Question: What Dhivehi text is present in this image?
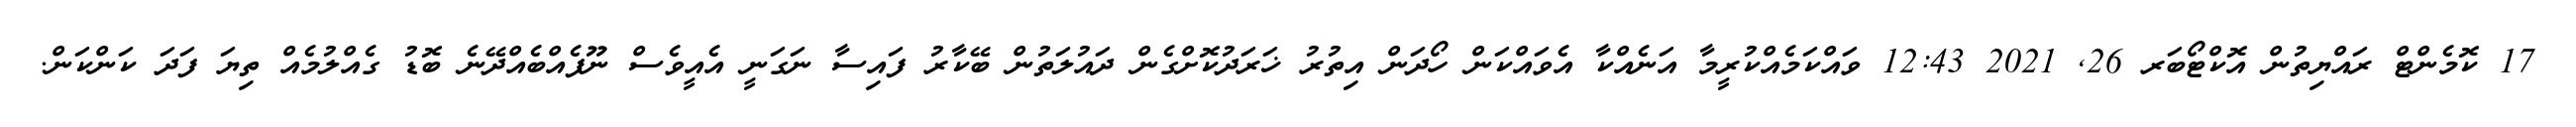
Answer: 17 ކޮމެންޓް ރައްޔިތުން އޮކްޓޯބަރ 26, 2021 12:43 ވައްކަމެއްކުރީމާ އަނެއްކާ އެވައްކަން ހޯދަން އިތުރު ޚަރަދުކޮށްގެން ދައުލަތުން ބޭކާރު ފައިސާ ނަގަނީ އެއީވެސް ނޫފެއްބެއްދޭނެ ބޮޑު ގެއްލުމެއް ތިޔަ ފަދަ ކަންކަން.